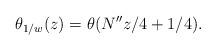
LaTeX: \begin{align*}\theta_{1/w}(z)= \theta(N^{\prime\prime}z/4+1/4).\end{align*}